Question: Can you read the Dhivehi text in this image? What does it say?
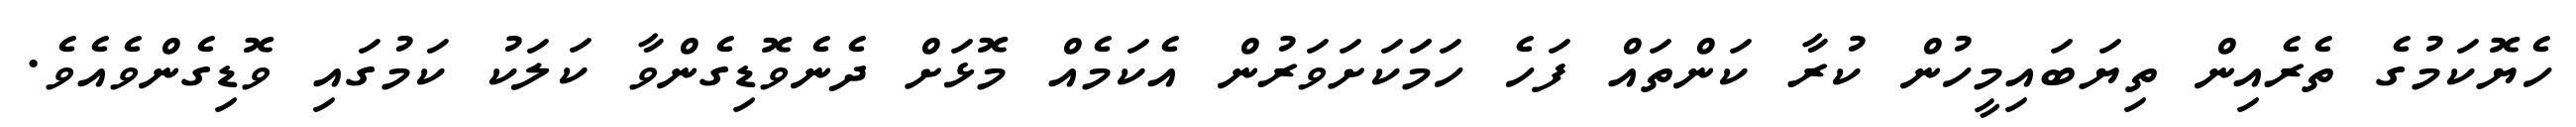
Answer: ހެޔޮކަމުގެ ތެރެއިން ތިޔަބައިމީހުން ކުރާ ކަންތައް ފަހެ ހަމަަކަށަވަރުން އެކަމެއް މޮޅަށް ދެނެވޮޑިގެންވާ ކަލަކު ކަމުގައި ވޮޑިގެންވެއެވެ.